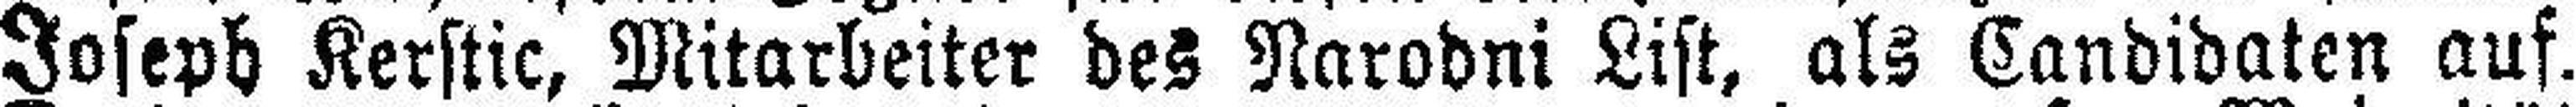
Joseph Kerstic, Mitarbeiter des Narodni List, als Candidaten auf.